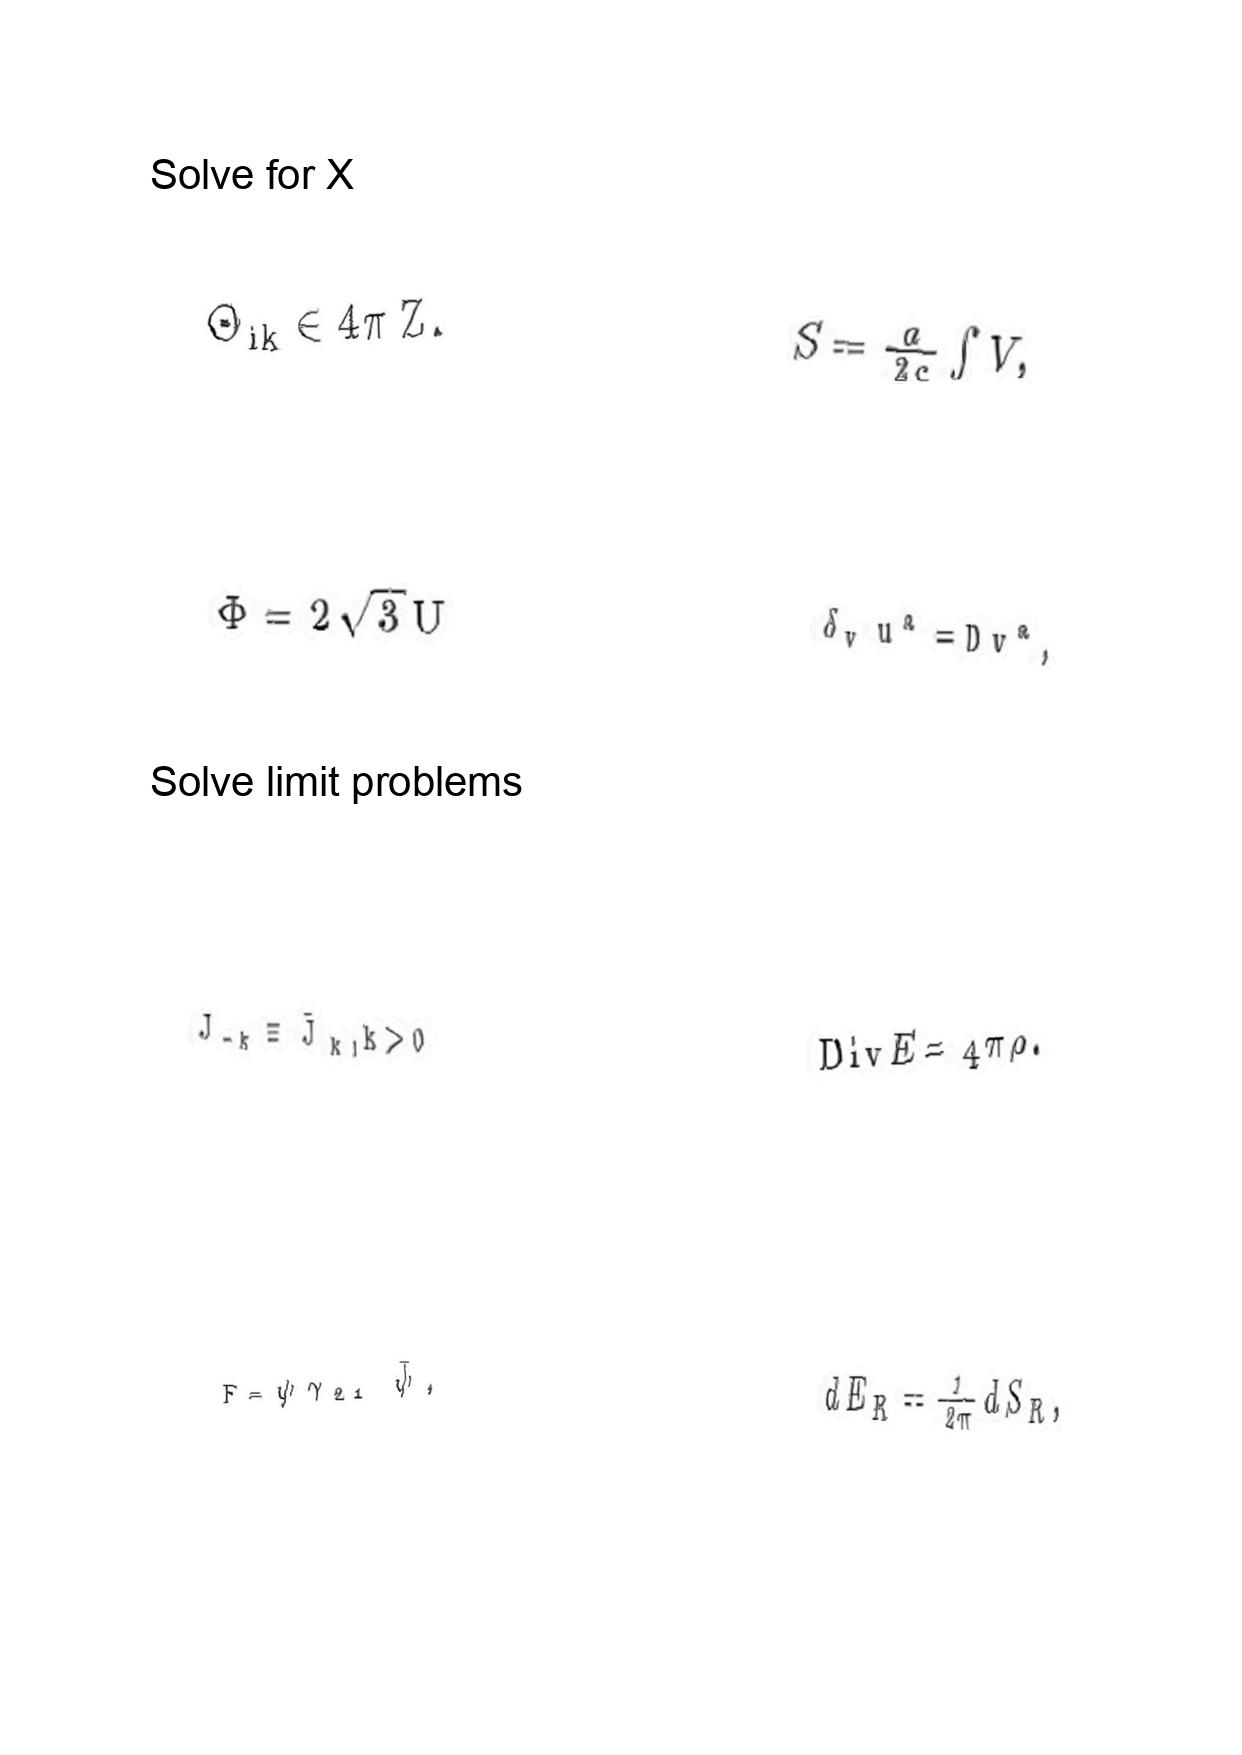
LaTeX transcription:
\Theta _ { i k } \in 4 \pi \mathrm { \space Z } .
\Phi = 2 \sqrt { 3 } U
J _ { - k } \equiv \bar { J } _ { k } , k \gt 0
F = \psi \gamma _ { 2 1 } \tilde { \psi } ,
S = \frac { a } { 2 c } \int V ,
\delta _ { v } u ^ { a } = D v ^ { a } ,
\mathrm { D i v } E = 4 \pi \rho .
d E _ { R } = \frac { 1 } { 2 \pi } d S _ { R } ,